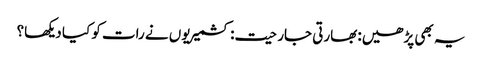
یہ بھی پڑھیں: بھارتی جارحیت: کشمیریوں نے رات کو کیا دیکھا؟